NAE_ERA_R-2324_Eesti_Vabariigi_Pohiseaduslik_Assamblee, lk 25
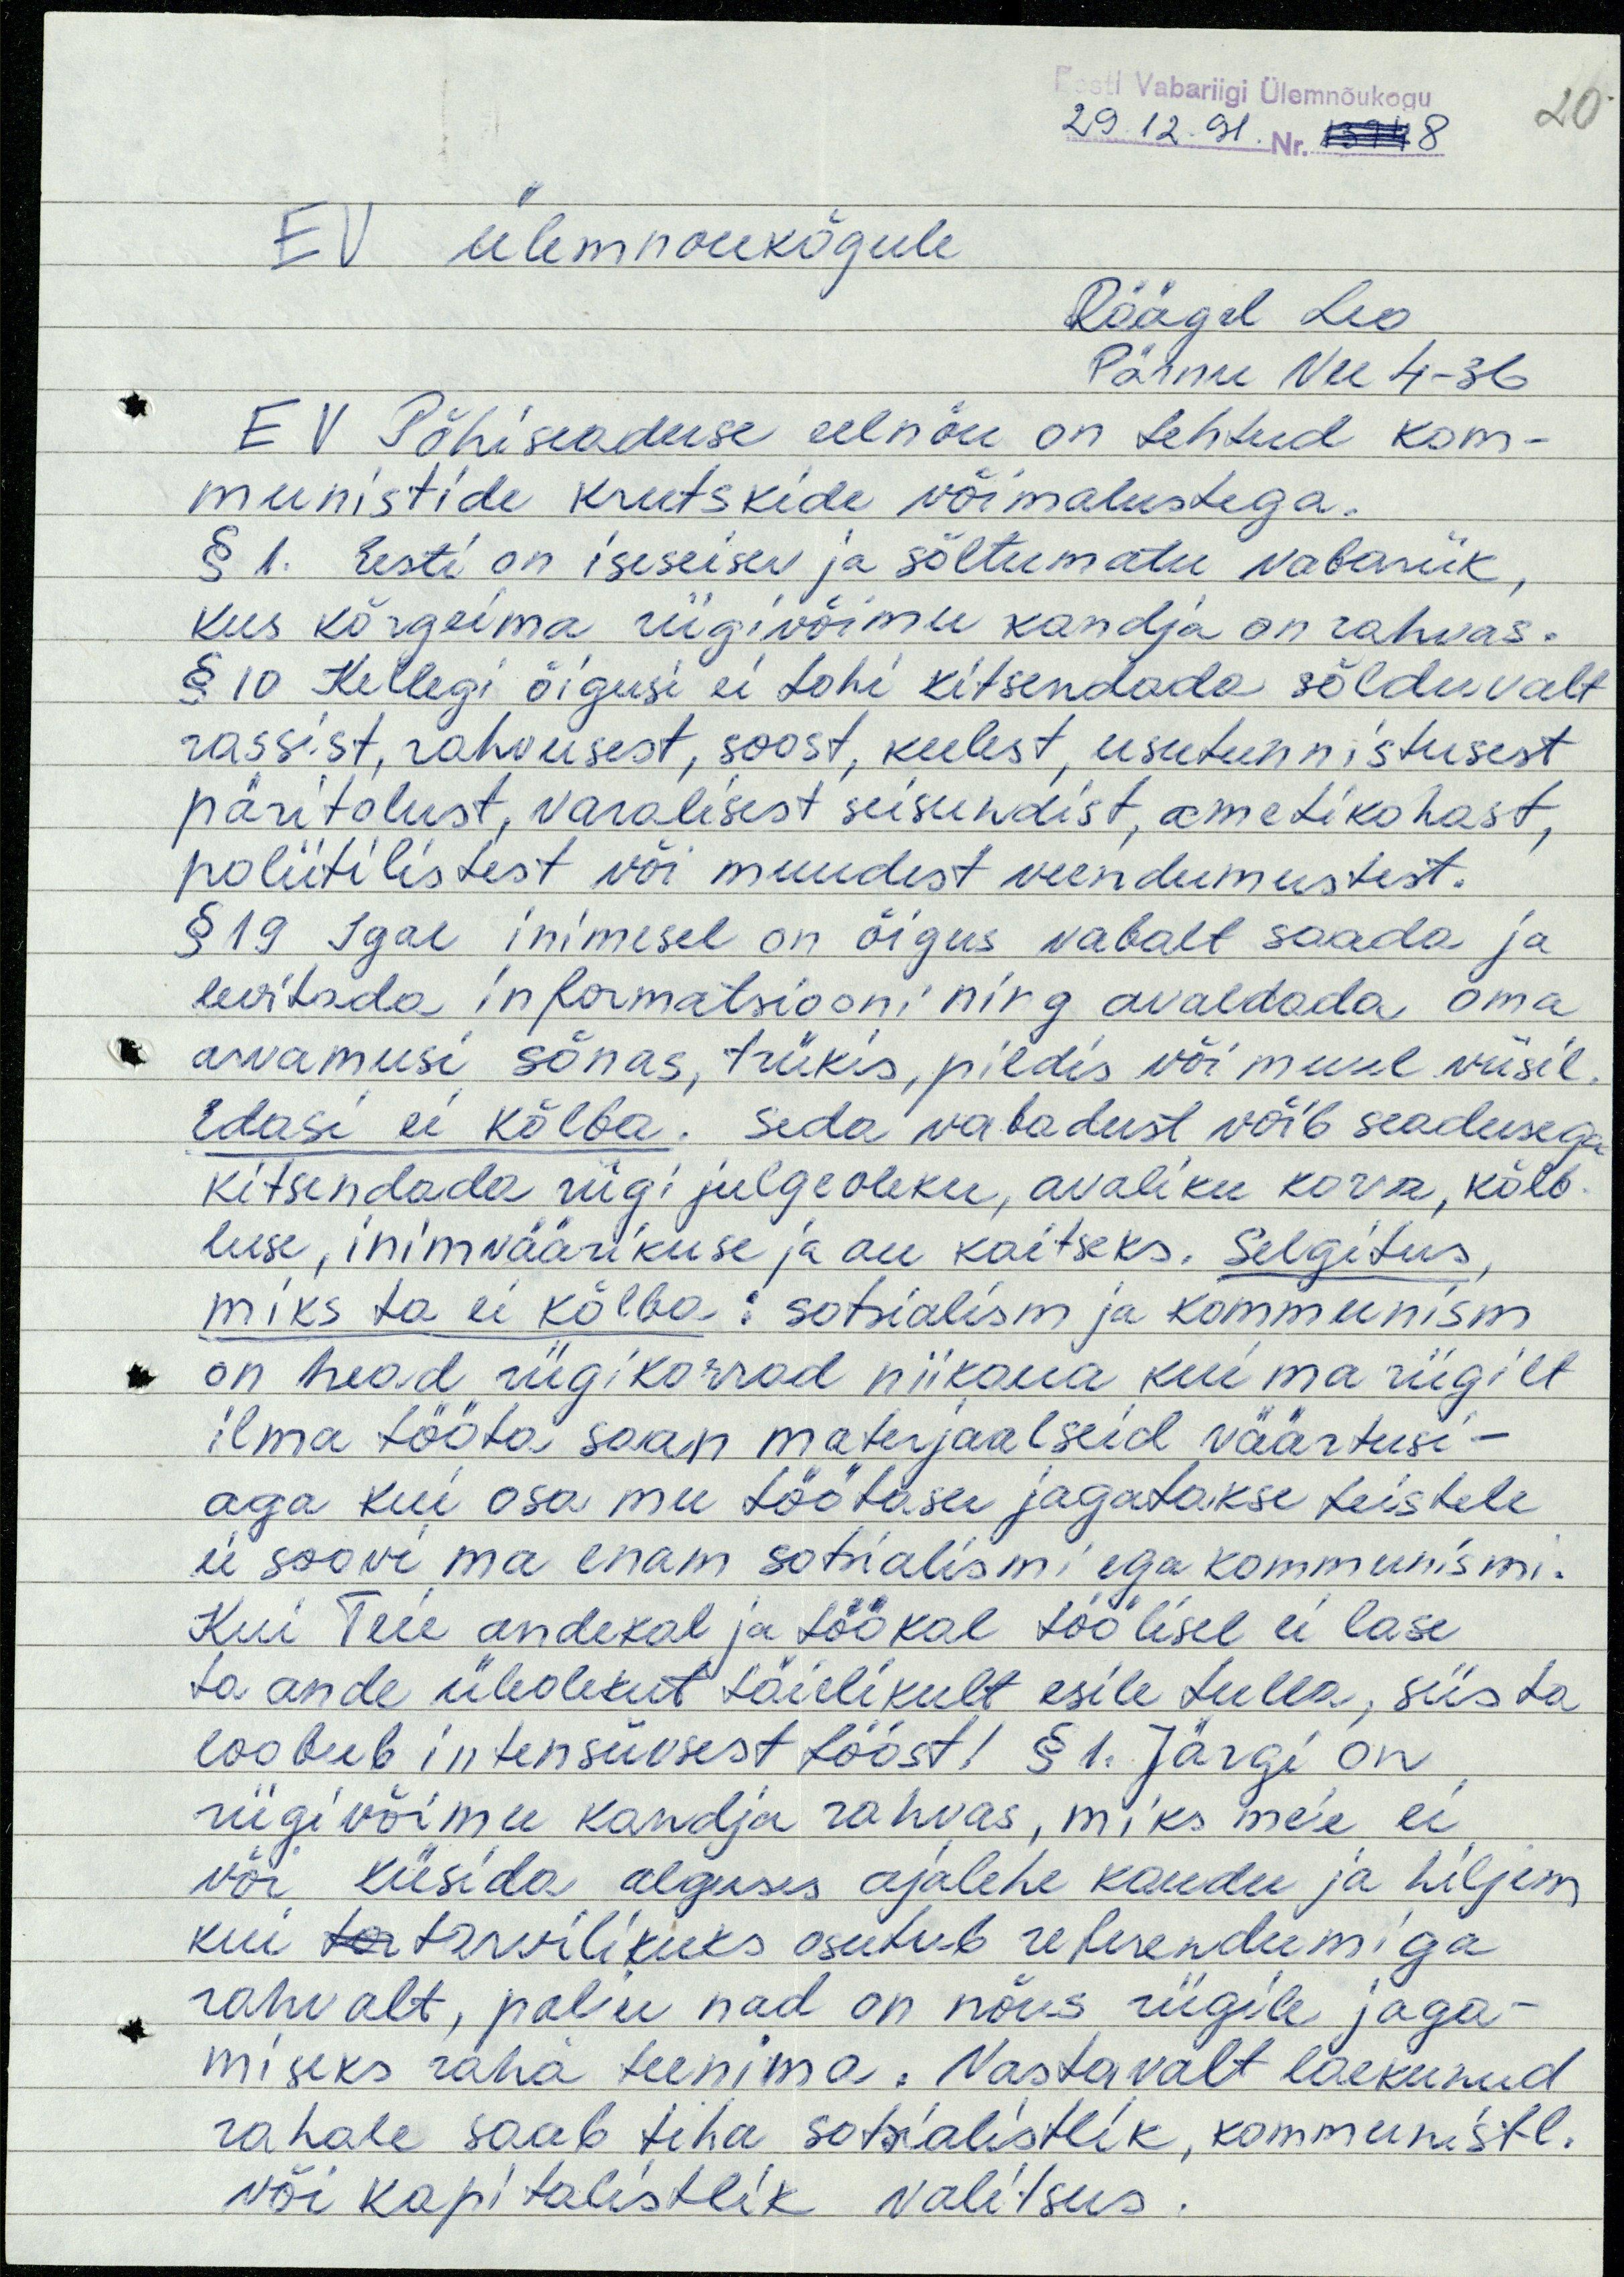
Eesti Vabariigi Ülemnõukogu
29.12.91 Nr. 1394 8
20
EV ülemnoukõgule
Räägel Leo
Pärnu Vee 4-36
EV Põhiseaduse eelnõu on tehtud kom-
munistide krutskide võimalustega.
§ 1. Eesti on iseseisev ja sõltumatu vabariik,
kus kõrgeima riigivõimu kandja on rahvas.
§ 10 Kellegi õigusi ei tohi kitsendada sõlduvalt
rassist, rahvusest, soost, keelest, usutunnistusest
päritolust, varalisest seisundist, ametikohast,
poliitilistest või muudest veendumustest.
§ 19 Igal inimesel on õigus vabalt saada ja
levitada informatsiooni ning avaldada oma
arvamusi sõnas, trükis, pildis või muul viisil.
Edasi ei kõlba. Seda vabadust võib seadusega
kitsendada riigi julgeoleku, avaliku korra, kõlb-
luse, inimväärikuse ja au kaitseks. Selgitus,
miks ta ei kõlba: sotsialism ja kommunism
on head riigikorrad niikaua kui ma riigilt
ilma tööta saan materjaalseid väärtusi -
aga kui osa mu töötasu jagatakse teistele
ei soovi ma enam sotsialismi ega kommunismi.
Kui Teie andekal ja töökal töölisel ei lase
ta ande üleolekut täielikult esile tulla, siis ta
loobub intensiivsest tööst! §1. Järgi on
riigivõimu kandja rahvas, miks meie ei
või küsida alguses ajalehe kaudu ja hiljem
kui tar tarvilikuks osutub referendumiga
rahvalt, palju nad on nõus riigile jaga-
miseks raha teenima. Vastavalt laekunud
rahale saab teha sotsialistlik, kommunistl.
või kapitalistlik valitsus.